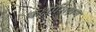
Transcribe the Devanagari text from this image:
कक्षाशिक्षण